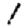
Digit: 1